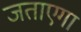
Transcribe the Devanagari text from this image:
जताएगा